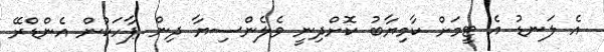
އެ ލަނޑު އެ ޓީމަށް ކާމިޔާބު ކޮށްދިނީ ވެލެންސިޔާ ދިން ޕާހަކުން އެންޑްރޭ